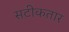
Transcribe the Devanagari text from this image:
सटीकतार